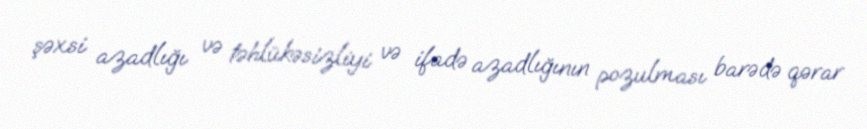
şəxsi azadlığı və təhlükəsizliyi və ifadə azadlığının pozulması barədə qərar